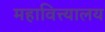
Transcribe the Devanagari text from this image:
महावित्त्यालय